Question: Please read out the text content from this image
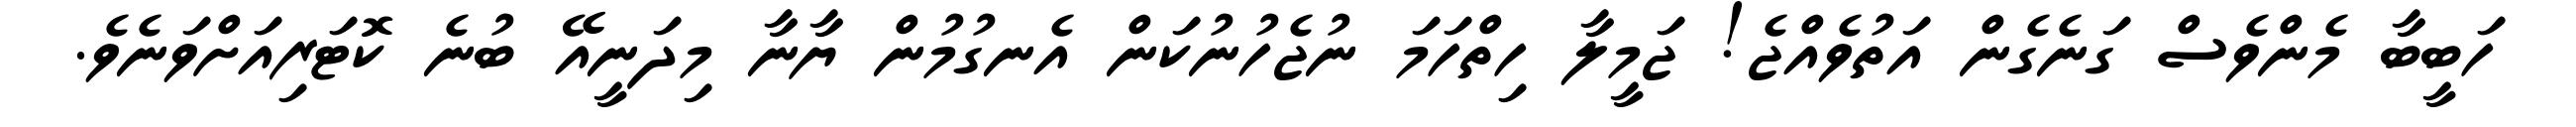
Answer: ހަބީބާ މެންވެސް ގަނެގެން އަތުވެއްޖެ! ޖަމީލާ ހިތްހަމަ ނުޖެހުނުކަން އެނގުމުން ޔާނާ މިދަނީއޭ ބުނެ ކޮޓަރިއަށްވަނެވެ.